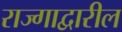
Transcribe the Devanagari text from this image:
राज्गाद्वारील